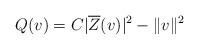
LaTeX: \begin{align*}Q(v)=C\lvert \overline{Z}(v) \rvert^2 - \lVert v \rVert^2\end{align*}